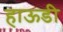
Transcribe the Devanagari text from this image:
हाऊडी